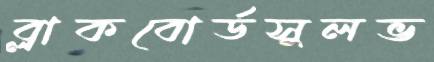
ব্লাকবোর্ডসুলভ